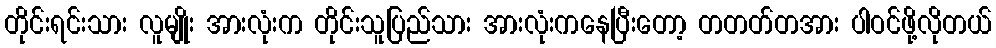
တိုင်းရင်းသား လူမျိုး အားလုံးက တိုင်းသူပြည်သား အားလုံးကနေပြီးတော့ တတတ်တအား ပါဝင်ဖို့လိုတယ်